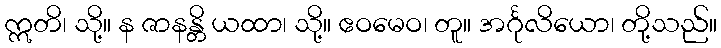
ဣတိ၊ သို့။ န ဇာနန္တိ ယထာ၊ သို့။ ဧဝမေဝ၊ တူ။ အင်္ဂုလိယော၊ တို့သည်။